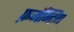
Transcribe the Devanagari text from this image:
फ़र्मेन्टिंग